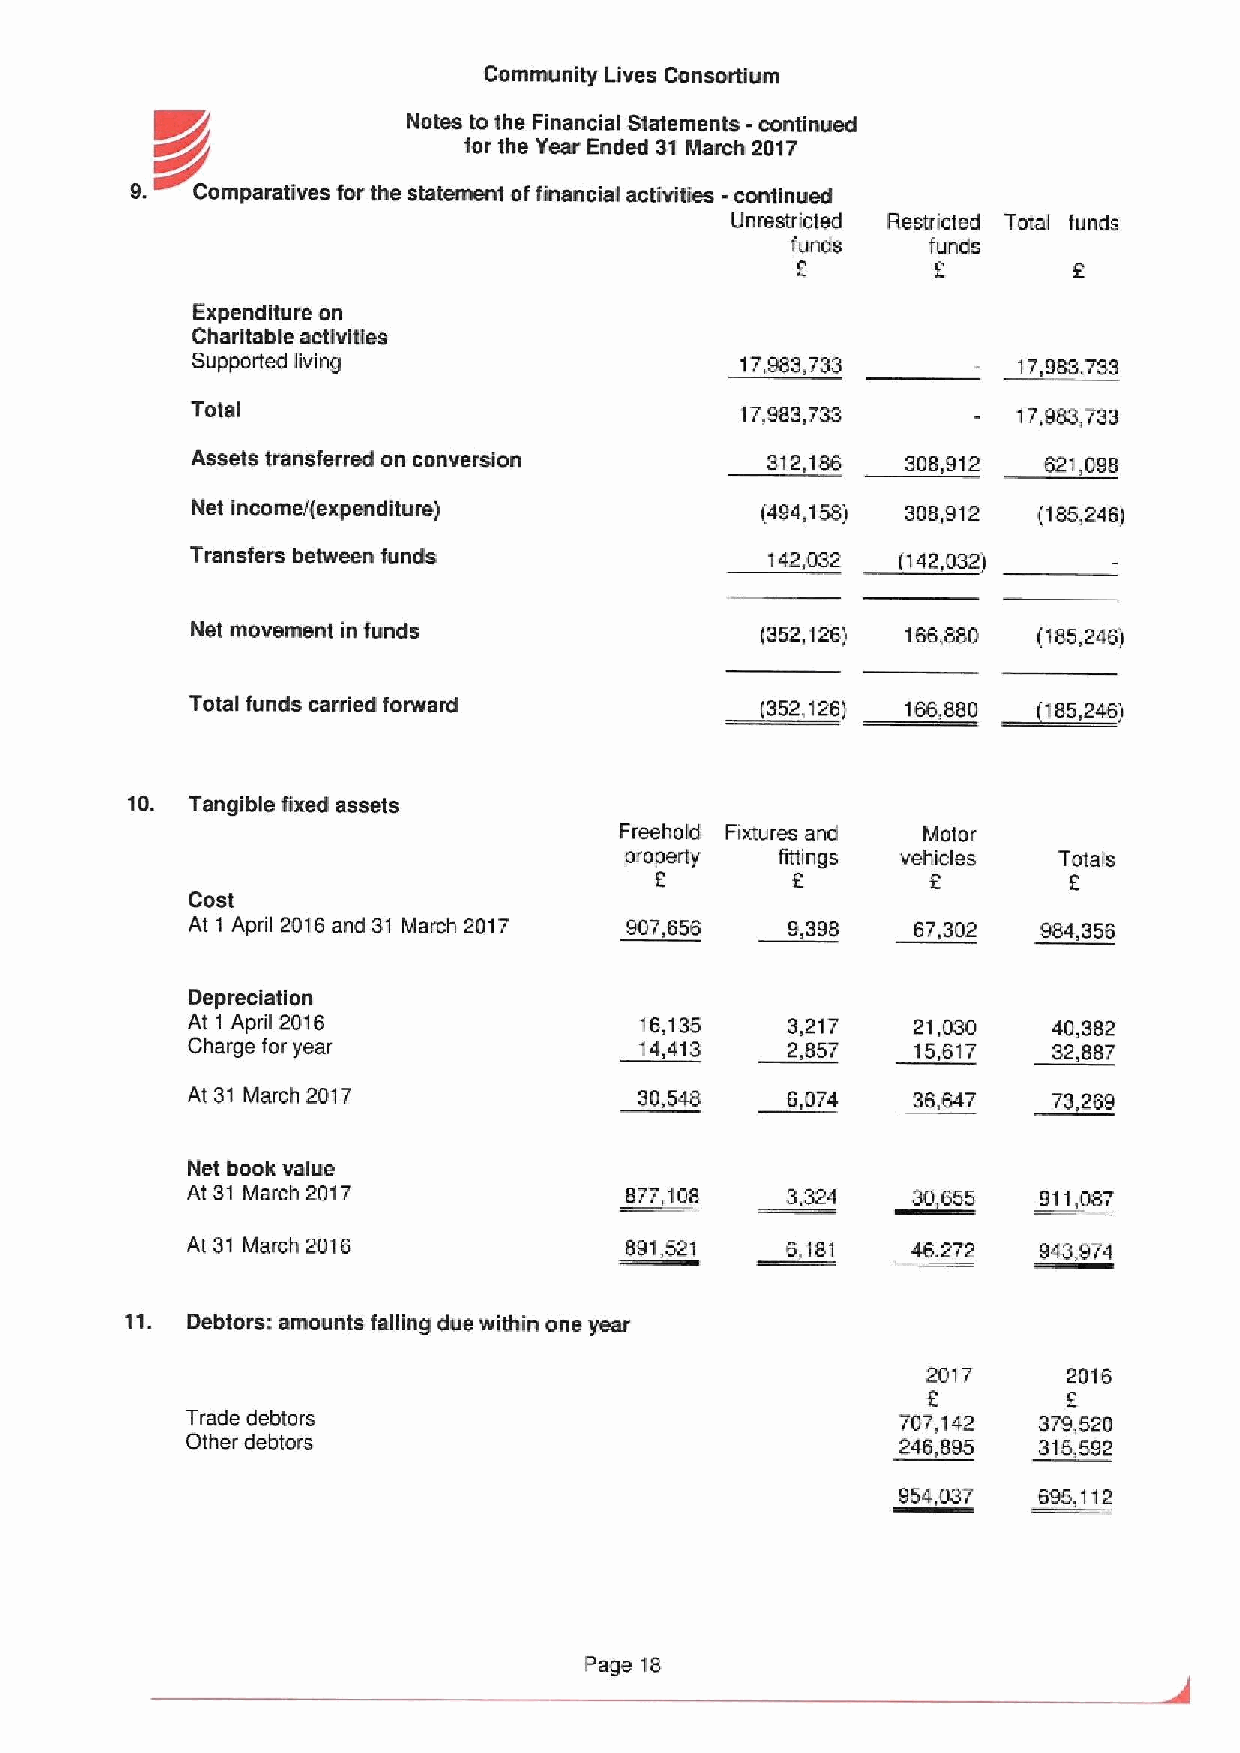
Community Lives Consortium
 Notes to the Financial Statements -continued
 ~r
 &r                   for the Year Ended 31 March 2017
 9.  Camparatives for the statement offinancial activities -continued
 Unrestricted Restricted Total funds
 funds    funds
 Expenditure an
 Charitable activiges
 Supported living                    17,883,733        17,983,733
 Total                               17,983,733        17,983,733
 Assets transferred on conversion      312,186  308,912  621,098
 Net Incomal(expenditure)             (494,158) 308,912  (185,246)
 Transfers between funds               142.632 ~142, 632)
 Net movement in funds                (352,126) 166,880  (185,246)
 Total funds carried forward        ~352, ')26) 166,883 ~)85, 246)
 10.  Tangible gxed assets
 Freehold Fixtures and Molar
 property   fittings vehicles Tolafs
 f        f         f        f
 Cost
 At 1 April 2016 and 31 March 2017 807,656 9,398 67,302  984,356
 Depreciation
 Al 1 April 2016               16,135    3,217   21,030    40,382
 Charge for year               14,413    2,857    15617    32,887
 At 31 March 2017              30,548    6,074   36,647    73,269
 Net book value
 At 31 March 2017             877,108    3,324   30,655   911,087
 At 31 March 2016             891,521    6,181   46,272   943,974
 ll.
 Oebtors: amounts falling due within one year
 2017      2016
 f
 Trade debtors                                   707,142  379,520
 Other debtors                                  ~246 695  315,592
 954,037   695,112
 Page 16